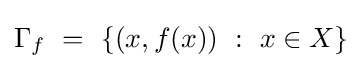
\Gamma _{f}\ =\ \{(x,f(x))\ :\ x\in X\}